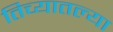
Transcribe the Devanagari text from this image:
तिच्यातल्या